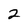
Character: 2